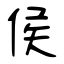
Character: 侯